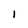
Character: i